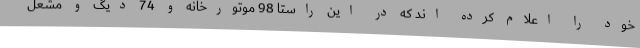
خود را اعلام کرده اند که در این راستا 98 موتورخانه و 74 دیگ و مشعل